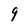
Character: 9